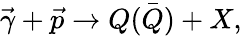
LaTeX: \vec{\gamma}+\vec{p}\rightarrow Q\bar{(Q)}+X,